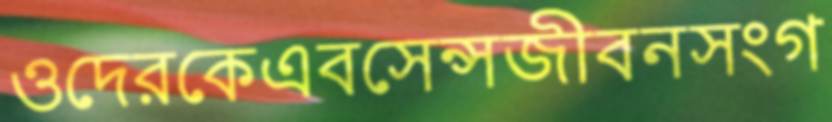
ওদেরকেএবসেন্সজীবনসংগ